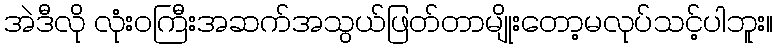
အဲဒီလို လုံးဝကြီးအဆက်အသွယ်ဖြတ်တာမျိုးတော့မလုပ်သင့်ပါဘူး။